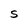
Character: S